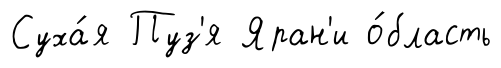
Суха́я Пуз'я Яран'и о́бласть